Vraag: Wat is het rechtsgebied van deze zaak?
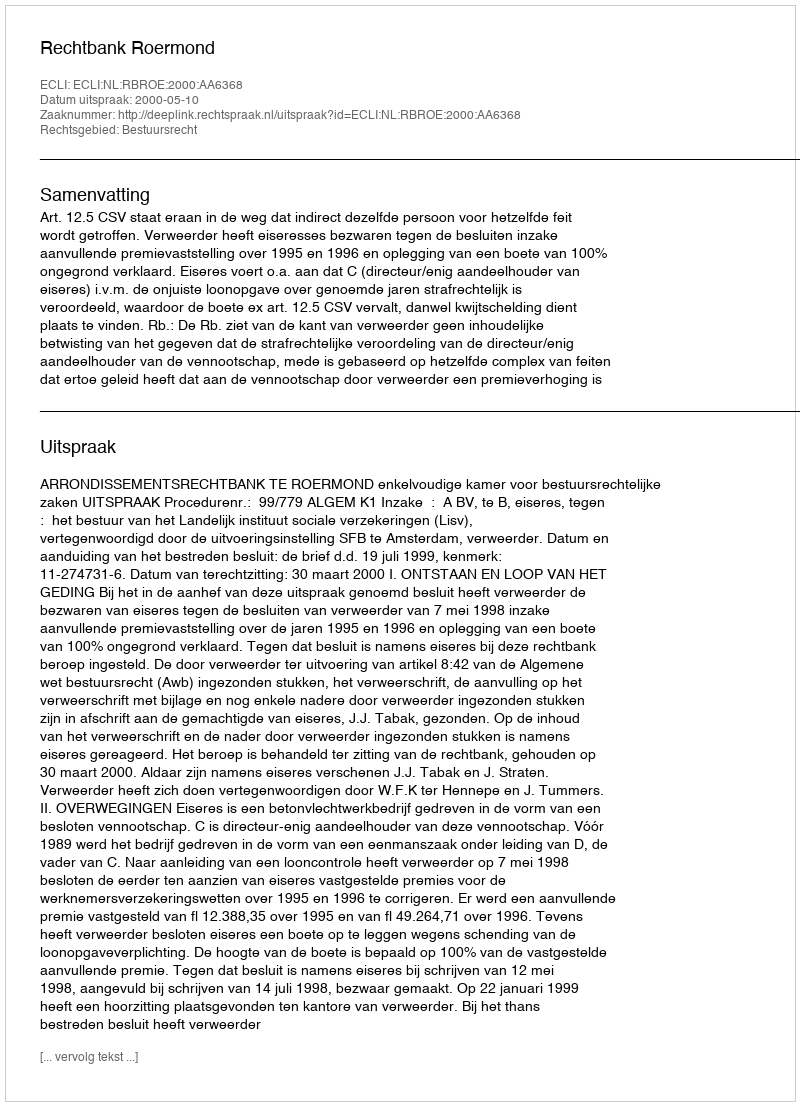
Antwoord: Bestuursrecht